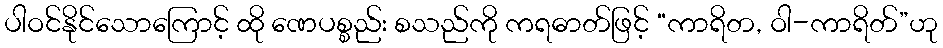
ပါဝင်နိုင်သောကြောင့် ထို ဏေပစ္စည်း စသည်ကို ကရဓာတ်ဖြင့် “ကာရိတ, ဝါ-ကာရိတ်”ဟု